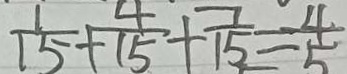
\frac { 1 } { 1 5 } + \frac { 4 } { 1 5 } + \frac { 7 } { 1 5 } = \frac { 4 } { 5 }